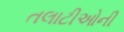
તલાટીઓની